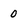
Character: 0